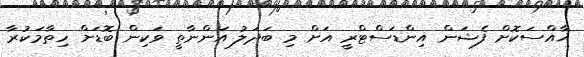
ޚާއްސަކޮށް ފެޝަން އިންޑަސްޓްރީ އަށް މި ބަދަލު އަންނާތީ ވަކިން ބޮޑަށް ހިތާމަކުރާ